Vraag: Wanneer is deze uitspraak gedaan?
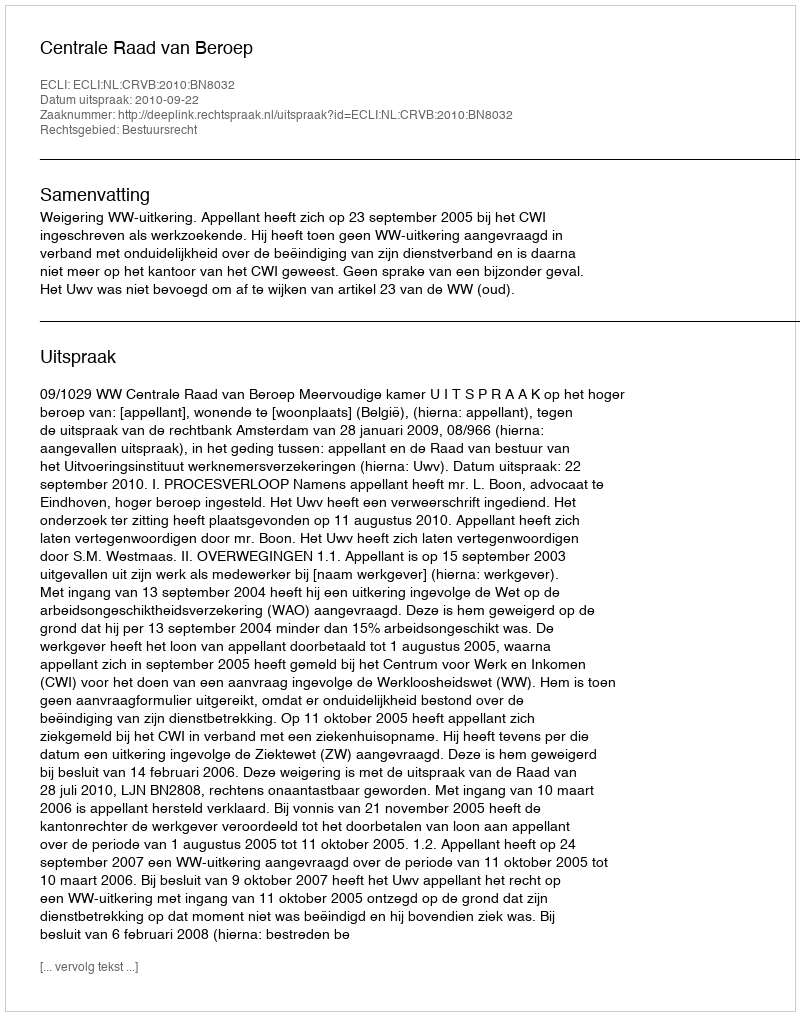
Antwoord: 2010-09-22